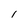
Character: I